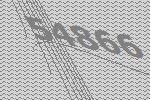
54866